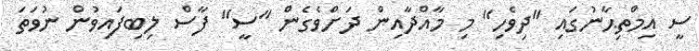
ސީ އިމްތިޙާނުގައި "ދިވެހި" މި މާއްދާއިން ދަށްވެގެން "ސީ" ފާސް ލިބިފައިވުން ނުވަތަ